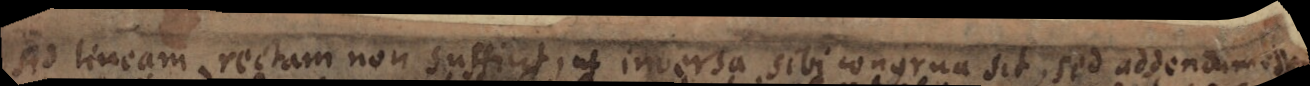
Ad lineam rectam non sufficit, ut inversa sibi congrua sit, sed addendum esse